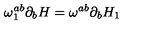
\omega _ { 1 } ^ { a b } \partial _ { b } H = \omega ^ { a b } \partial _ { b } H _ { 1 }